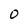
Character: 0